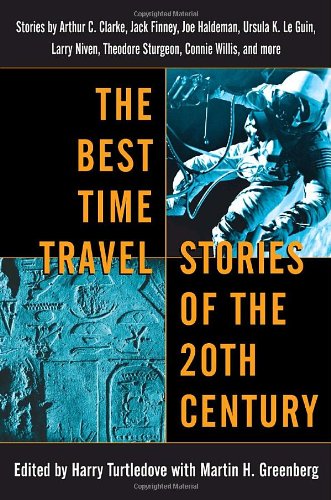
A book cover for The Best Time Travel Stories of the 20th Century: Stories by Arthur C. Clarke, Jack Finney, Joe Haldeman, Ursula K. Le Guin,; Science Fiction & Fantasy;